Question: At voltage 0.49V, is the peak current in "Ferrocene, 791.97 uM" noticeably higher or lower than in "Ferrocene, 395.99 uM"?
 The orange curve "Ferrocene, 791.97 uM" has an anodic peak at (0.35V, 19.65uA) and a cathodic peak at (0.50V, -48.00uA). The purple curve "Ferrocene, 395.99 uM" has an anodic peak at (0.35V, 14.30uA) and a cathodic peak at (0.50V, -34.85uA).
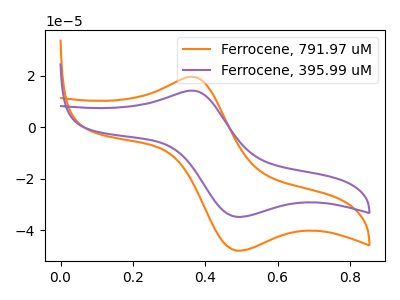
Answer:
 <answer>The peak at 0.49V is higher in "Ferrocene, 791.97 uM" than in "Ferrocene, 395.99 uM".</answer>
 <eval>higher</eval>